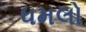
ધમલો